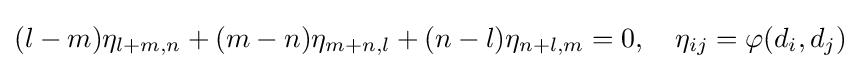
(l-m)\eta _{l+m,n}+(m-n)\eta _{m+n,l}+(n-l)\eta _{n+l,m}=0,\quad \eta _{ij}=\varphi (d_{i},d_{j})